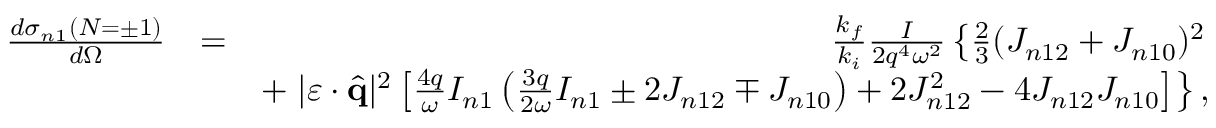
\begin{array} { r l r } { \frac { d { \sigma } _ { n 1 } ( N = \pm 1 ) } { d \Omega } } & { = } & { \frac { k _ { f } } { k _ { i } } \frac { I } { 2 q ^ { 4 } \omega ^ { 2 } } \left\{ \frac { 2 } { 3 } ( { \cal J } _ { n 1 2 } + { \cal J } _ { n 1 0 } ) ^ { 2 } \right. } \\ & { } & { + \left. | \boldsymbol { \varepsilon } \cdot \hat { \mathbf { q } } | ^ { 2 } \left[ \frac { 4 q } { \omega } { \cal I } _ { n 1 } \left( \frac { 3 q } { 2 \omega } { \cal I } _ { n 1 } \pm 2 { \cal J } _ { n 1 2 } \mp { \cal J } _ { n 1 0 } \right) + 2 { \cal J } _ { n 1 2 } ^ { 2 } - 4 { \cal J } _ { n 1 2 } { \cal J } _ { n 1 0 } \right] \right\} , } \end{array}